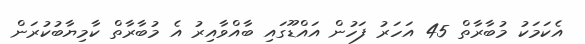
އެކަމަކު މުބާރާތް 45 އަހަރު ފަހުން އައްޑޫގައި ބާއްވާއިރު އެ މުބާރާތް ކާމިޔާބުކުރަން